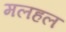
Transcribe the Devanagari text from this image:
मलहल